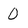
Character: O